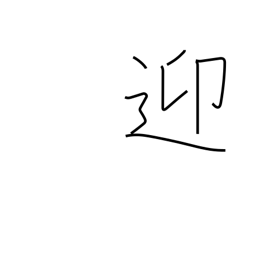
Meaning: meet